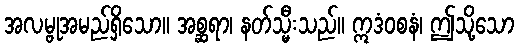
အလမ္ဗုအမည်ရှိသော။ အစ္ဆရာ၊ နတ်သ္မီးသည်။ ဣဒံဝစနံ၊ ဤသို့သော